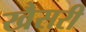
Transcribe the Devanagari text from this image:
खैसरी